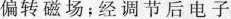
偏转磁场；经调节后电子